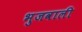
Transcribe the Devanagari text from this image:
भुजवाली